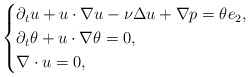
\begin{align*}\begin{cases}\partial_{t}u+u\cdot\nabla u-\nu\Delta u+\nabla p=\theta e_{2},\\\partial_{t}\theta+u\cdot\nabla\theta=0,\\\nabla\cdot u=0,\end{cases}\end{align*}